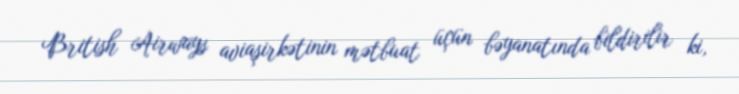
British Airways aviaşirkətinin mətbuat üçün bəyanatında bildirilir ki,